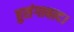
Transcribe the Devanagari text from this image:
हुसंगाबाद।